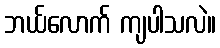
ဘယ်လောက် ကျပါသလဲ။